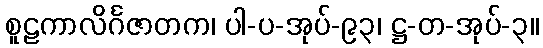
စူဠကာလိင်္ဂဇာတက၊ ပါ-ပ-အုပ်-၉၃၊ ဋ္ဌ-တ-အုပ်-၃။